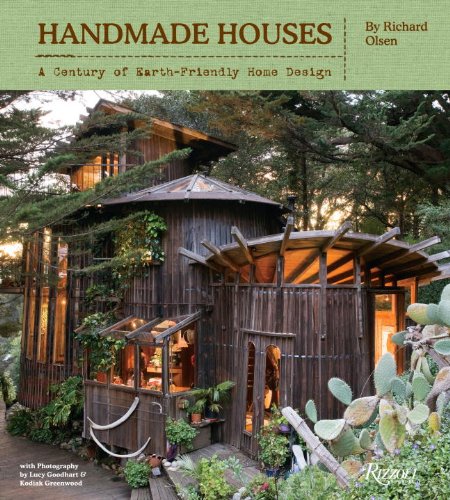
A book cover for Handmade Houses: A Century of Earth-Friendly Home Design; Richard Olsen; Crafts, Hobbies & Home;